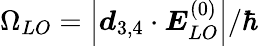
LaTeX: \Omega_{LO}=\left|\boldsymbol d_{3,4}\cdot\boldsymbol E_{LO}^{(0)}\right|/\hbar